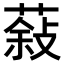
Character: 𮐮